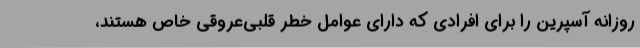
روزانه آسپرین را برای افرادی که دارای عوامل خطر قلبی‌عروقی خاص هستند،